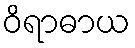
ဝိရာဓာယ